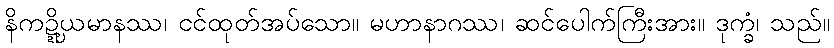
နိကဍ္ဍ္ဎိယမာနဿ၊ ငင်ထုတ်အပ်သော။ မဟာနာဂဿ၊ ဆင်ပေါက်ကြီးအား။ ဒုက္ခံ၊ သည်။